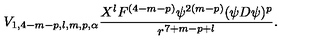
V _ { 1 , 4 - m - p , l , m , p , \alpha } \frac { X ^ { l } F ^ { ( 4 - m - p ) } \psi ^ { 2 ( m - p ) } ( \psi D \psi ) ^ { p } } { r ^ { 7 + m - p + l } } .